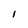
Character: 1